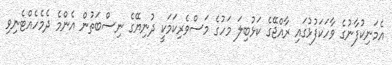
އެމަނިކުފާނުގެ ވާހަކަފުޅުގައި ރާއްޖޭގެ ކަޅުބިލަ މަހުގެ މަސްވެރިކަމަކީ ދުނިޔޭގެ ނިސްބަތުން އެންމެ ދެމެހެއްޓެނިވި